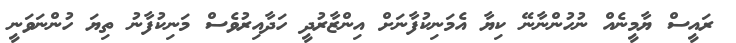
ރައީސް ޔާމީނެއް ނުހުންނާނޭ ކިޔާ އެމަނިކުފާނަށް އިންޒާރުދީ ހަދާއިރުވެސް މަނިކުފާނު ތިޔަ ހުންނަވަނީ